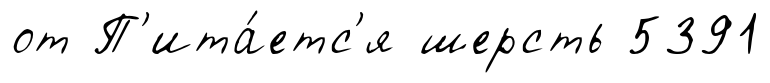
от П'ита́етс'я шерсть 5391